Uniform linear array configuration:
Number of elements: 32
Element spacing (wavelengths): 0.5
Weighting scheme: cosine
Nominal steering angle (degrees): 45
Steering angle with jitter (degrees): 45.867
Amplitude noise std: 0.05
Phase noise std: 0.05

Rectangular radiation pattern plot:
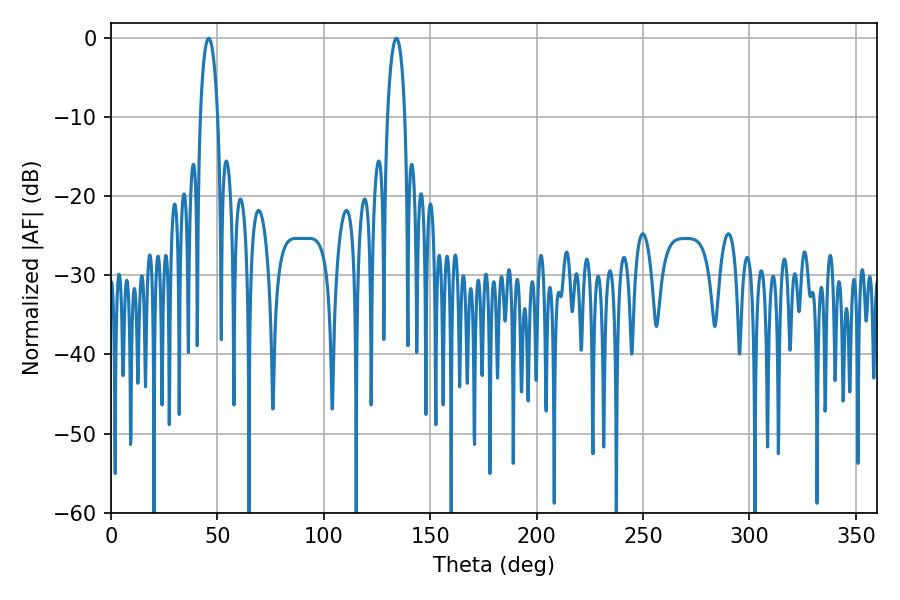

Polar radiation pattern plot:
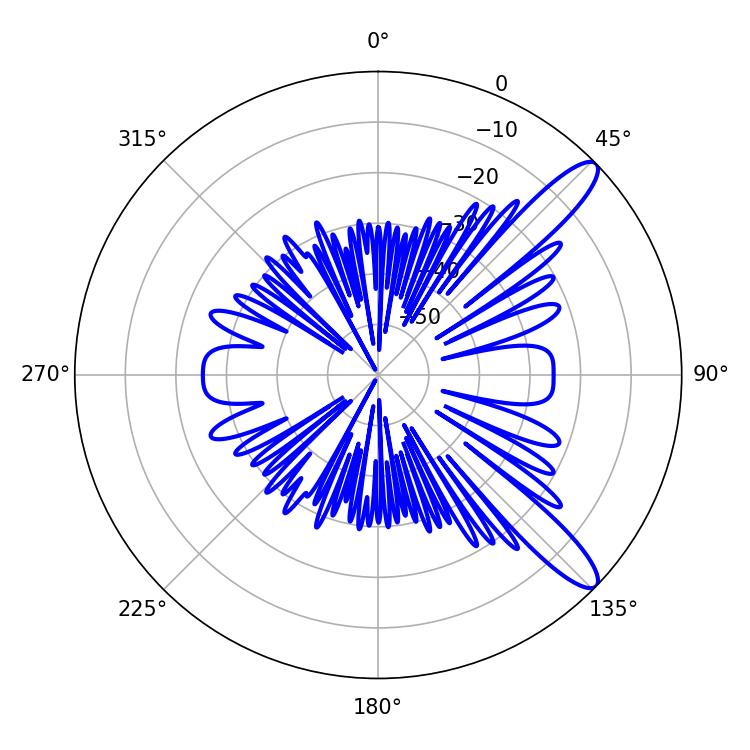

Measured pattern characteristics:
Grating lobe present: FALSE
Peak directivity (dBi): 11.912
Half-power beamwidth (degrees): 4.68
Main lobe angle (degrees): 45.9